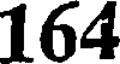
164